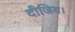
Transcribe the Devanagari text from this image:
दीजिय।